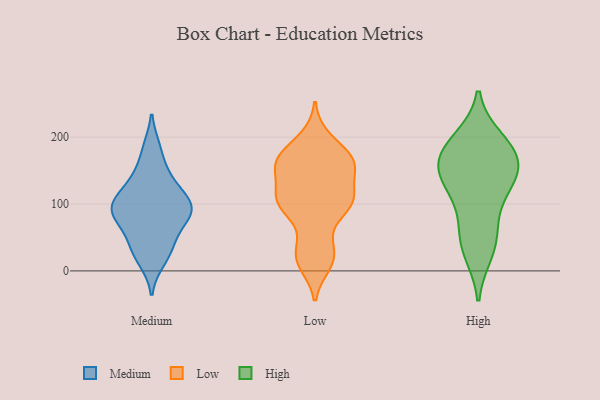
{"axis": {"x": "Tickets Resolved", "y": "Value"}, "legend": ["High", "Low", "Medium"], "data": [{"x": "", "y": 71, "type": "Medium"}, {"x": "", "y": 103, "type": "Medium"}, {"x": "", "y": 134, "type": "Medium"}, {"x": "", "y": 104, "type": "Medium"}, {"x": "", "y": 93, "type": "Medium"}, {"x": "", "y": 108, "type": "Medium"}, {"x": "", "y": 76, "type": "Medium"}, {"x": "", "y": 38, "type": "Medium"}, {"x": "", "y": 83, "type": "Medium"}, {"x": "", "y": 185, "type": "Medium"}, {"x": "", "y": 37, "type": "Medium"}, {"x": "", "y": 13, "type": "Medium"}, {"x": "", "y": 148, "type": "Medium"}, {"x": "", "y": 24, "type": "Low"}, {"x": "", "y": 199, "type": "Low"}, {"x": "", "y": 100, "type": "Low"}, {"x": "", "y": 102, "type": "Low"}, {"x": "", "y": 98, "type": "Low"}, {"x": "", "y": 108, "type": "Low"}, {"x": "", "y": 138, "type": "Low"}, {"x": "", "y": 174, "type": "Low"}, {"x": "", "y": 170, "type": "Low"}, {"x": "", "y": 159, "type": "Low"}, {"x": "", "y": 166, "type": "Low"}, {"x": "", "y": 103, "type": "Low"}, {"x": "", "y": 10, "type": "Low"}, {"x": "", "y": 103, "type": "Low"}, {"x": "", "y": 18, "type": "Low"}, {"x": "", "y": 155, "type": "Low"}, {"x": "", "y": 156, "type": "Low"}, {"x": "", "y": 48, "type": "Low"}, {"x": "", "y": 190, "type": "High"}, {"x": "", "y": 139, "type": "High"}, {"x": "", "y": 135, "type": "High"}, {"x": "", "y": 28, "type": "High"}, {"x": "", "y": 91, "type": "High"}, {"x": "", "y": 196, "type": "High"}, {"x": "", "y": 59, "type": "High"}, {"x": "", "y": 176, "type": "High"}, {"x": "", "y": 155, "type": "High"}, {"x": "", "y": 39, "type": "High"}, {"x": "", "y": 128, "type": "High"}, {"x": "", "y": 154, "type": "High"}, {"x": "", "y": 177, "type": "High"}]}